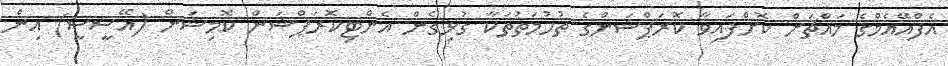
އެފްއޭއެމްގެ މައްޗަށް ކޮށްފައިވާ ކޮރަޕްޝަންގެ ތުހުމަތުތަކާ ގުޅިގެން އެންޓިކޮރަޕްޝަން ކޮމިޝަން (އޭސީސީ) އިން